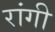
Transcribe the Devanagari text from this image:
रांगी